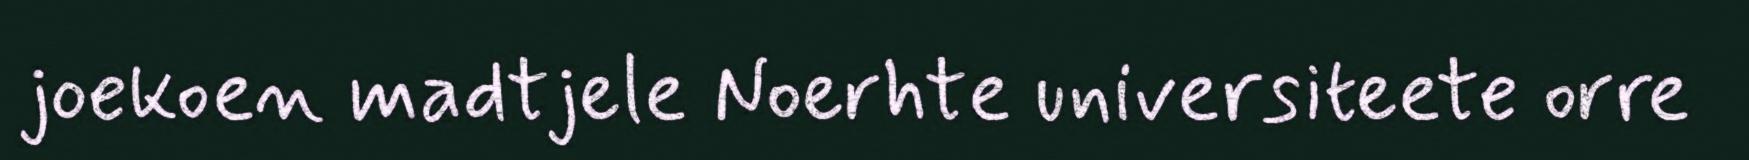
joekoen madtjele Noerhte universiteete orre